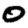
Digit: 0